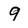
Character: 9